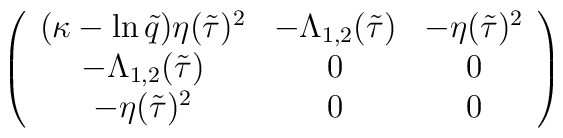
\left(\begin{array}{ccc}(\kappa-\ln\tilde q)\eta(\tilde\tau)^2&-\Lambda_{1,2}(\tilde\tau)&-\eta(\tilde\tau)^2\\-\Lambda_{1,2}(\tilde\tau)&0&0\\-\eta(\tilde\tau)^2&0&0\end{array}\right)